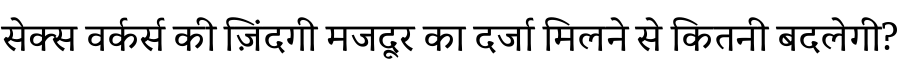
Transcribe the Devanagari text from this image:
सेक्स वर्कर्स की ज़िंदगी मजदूर का दर्जा मिलने से कितनी बदलेगी?